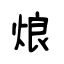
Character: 烺